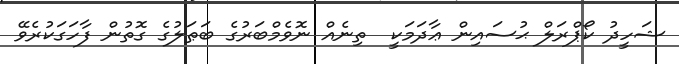
ޝަހީދު ކޯޕްރަލް ޙުސައިން ޢާދަމަކީ  ތިނެއް ނޮވެމްބަރުގެ ބަޠަލުގެ ގޮތުން ފާހަގަކުރެވޭ